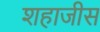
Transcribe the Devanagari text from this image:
शहाजीस